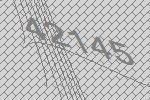
42145